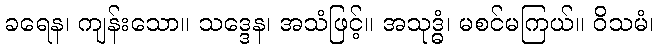
ခရေန၊ ကျန်းသော။ သဒ္ဒေန၊ အသံဖြင့်။ အသုဒ္ဓံ၊ မစင်မကြယ်။ ဝိသမံ၊